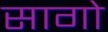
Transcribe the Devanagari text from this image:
सागो